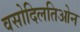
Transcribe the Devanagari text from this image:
वसोदिलतिओन